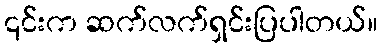
၎င်းက ဆက်လက်ရှင်းပြပါတယ်။